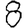
Digit: 8